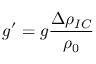
g ^ { \prime } = g \frac { \Delta \rho _ { I C } } { \rho _ { 0 } }